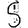
Digit: 5